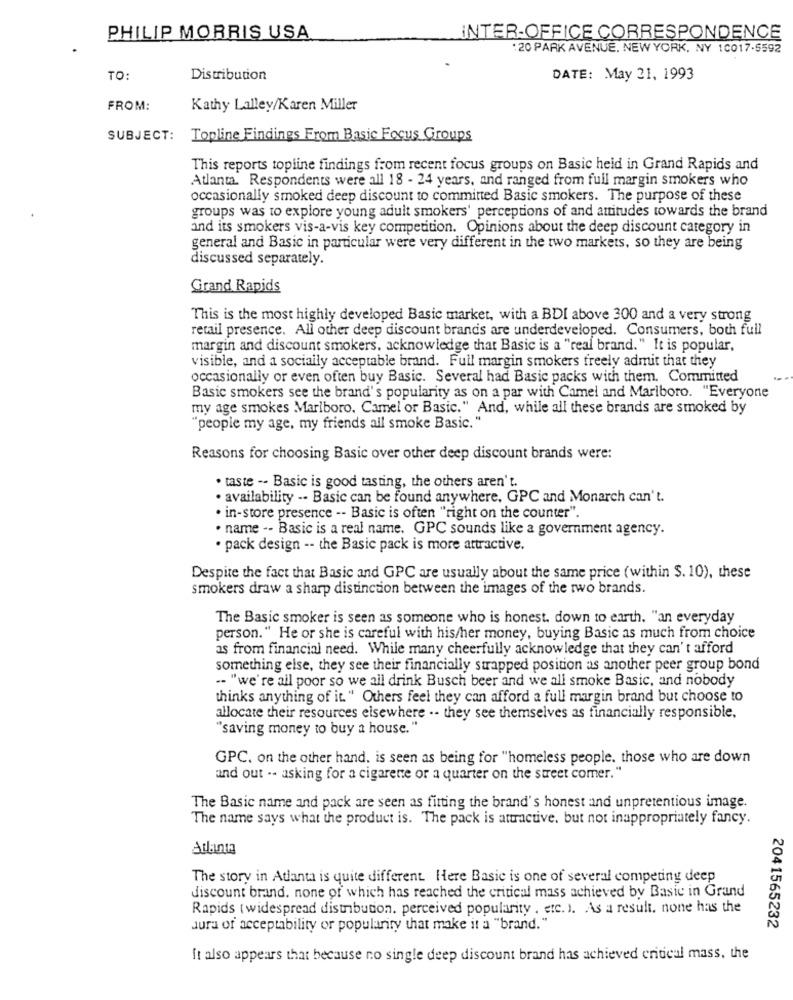
PHILIP MORRIS USA
INTER-OFFICE CORRESPONDENCE
:20 PARK AVENUE, NEW YORK, NY 10017-5592
TO:
Distribution
DATE: May 21, 1993
FROM:
Kathy Lalley/Karen Miller
SUBJECT:
Topline Findings From Basic Focus Groups
This reports topline findings from recent focus groups on Basic heid in Grand Rapids and
Atlanta. Respondents were all 18 - 24 years, and ranged from full margin smokers who
occasionally smoked deep discount to committed Basic smokers. The purpose of these
groups was to explore young adult smokers' perceptions of and attitudes towards the brand
and its smokers vis-a-vis key competition. Opinions about the deep discount category in
general and Basic in particular were very different in the two markets, so they are being
discussed separately.
Grand Rapids
This is the most highly developed Basic market, with a BDI above 300 and a very strong
retail presence. All other deep discount brands are underdeveloped. Consumers, both full
margin and discount smokers, acknowledge that Basic is a "real brand." It is popular,
visible, and a socially acceptable brand. Full margin smokers freely admit that they
occasionally or even often buy Basic. Several had Basic packs with them. Committed
Basic smokers see the brand's popularity as on a par with Camel and Mariboro. "Everyone
my age smokes Marlboro, Camel or Basic." And, while all these brands are smoked by
"people my age, my friends all smoke Basic."
Reasons for choosing Basic over other deep discount brands were:
· taste -- Basic is good tasting, the others aren't.
· availability -- Basic can be found anywhere, GPC and Monarch can't.
· in-store presence -- Basic is often "right on the counter".
· name -- Basic is a real name. GPC sounds like a government agency.
· pack design -- the Basic pack is more attractive.
Despite the fact that Basic and GPC are usually about the same price (within $. 10), these
smokers draw a sharp distinction between the images of the two brands.
The Basic smoker is seen as someone who is honest. down to earth. "an everyday
person." He or she is careful with his/her money, buying Basic as much from choice
as from financial need. While many cheerfully acknowledge that they can't afford
something else, they see their financially strapped position as another peer group bond
-- "we're ail poor so we all drink Busch beer and we all smoke Basic, and nobody
thinks anything of it." Others feel they can afford a full margin brand but choose to
allocate their resources elsewhere .. they see themselves as financially responsible,
"saving money to buy a house."
GPC. on the other hand, is seen as being for "homeless people. those who are down
and out .. asking for a cigarette or a quarter on the street comer."
The Basic name and pack are seen as fitting the brand's honest and unpretentious image.
The name says what the product is. The pack is attractive. but not inappropriately fancy.
Atlanta
The story in Atlanta is quite different. Here Basic is one of several competing deep
discount brand. none of which has reached the critical mass achieved by Basic in Grand
Rapids ( widespread distribution, perceived popularity . etc. ). As a result, none has the
Jura of acceptability or popularity that make it a "brand."
2041565232
It also appears that because no single deep discount brand has achieved critical mass, the